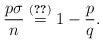
LaTeX: \begin{align*} \frac{p\sigma}{n}\stackrel{\eqref{N1HLS}}=1-\frac{p}{q}.\end{align*}